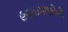
હવાઇમથકોની